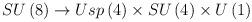
LaTeX: \begin{align*}SU\left(8\right) \rightarrow Usp\left(4\right)\times SU\left(4\right) \times U\left(1\right)\end{align*}